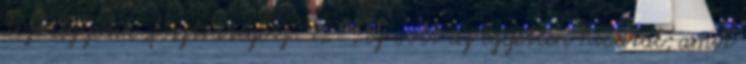
tizenegyedik „fősztratégosz” 12 , ez volt az egyetlen hivatal, amit